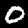
Label: 0